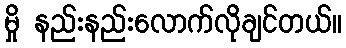
မှို နည်းနည်းလောက်လိုချင်တယ်။